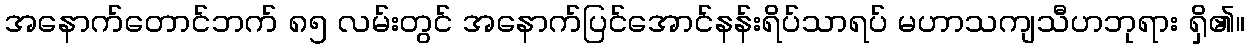
အနောက်တောင်ဘက် ၈၅ လမ်းတွင် အနောက်ပြင်အောင်နန်းရိပ်သာရပ် မဟာသကျသီဟဘုရား ရှိ၏။